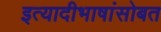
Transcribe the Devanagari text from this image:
इत्यादीभाषांसोबत